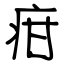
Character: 疳